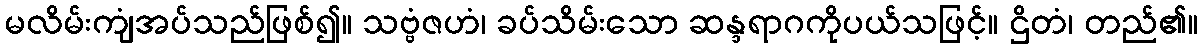
မလိမ်းကျံအပ်သည်ဖြစ်၍။ သဗ္ဗံဇဟံ၊ ခပ်သိမ်းသော ဆန္ဒရာဂကိုပယ်သဖြင့်။ ဌိတံ၊ တည်၏။